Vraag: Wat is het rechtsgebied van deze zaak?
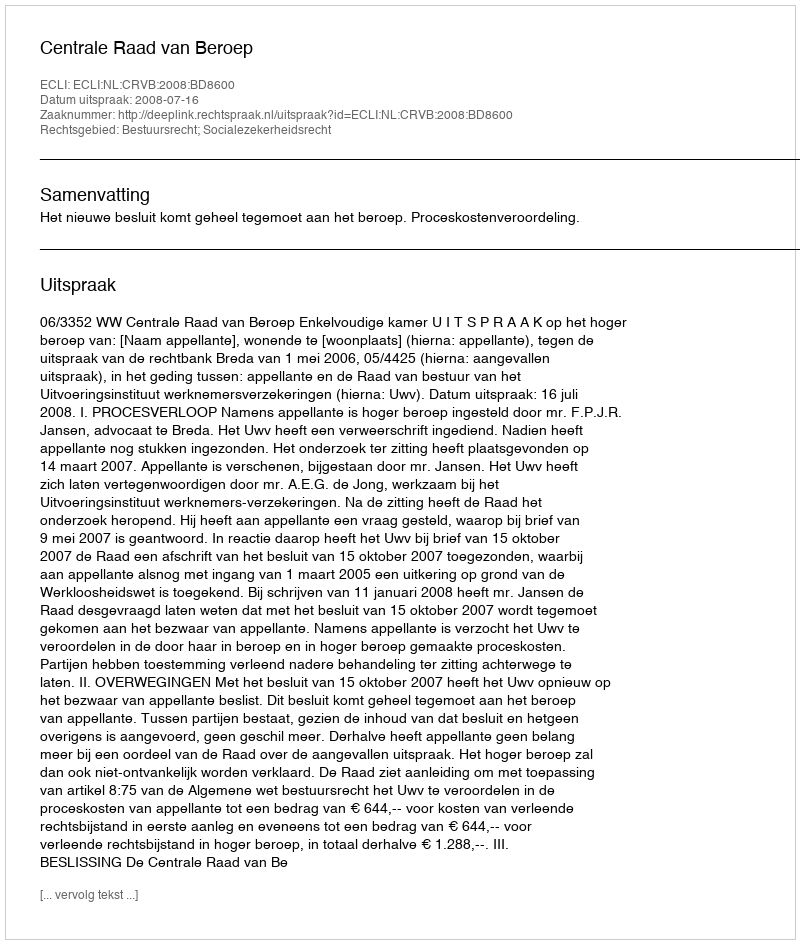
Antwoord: Bestuursrecht; Socialezekerheidsrecht